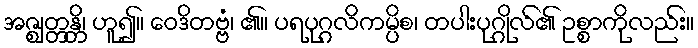
အဇ္ဈတ္တန္တိ၊ ဟူ၍။ ဝေဒိတဗ္ဗံ၊ ၏။ ပရပုဂ္ဂလိကမ္ပိစ၊ တပါးပုဂ္ဂိုလ်၏ ဥစ္စာကိုလည်း။